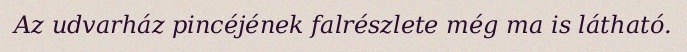
Az udvarház pincéjének falrészlete még ma is látható.